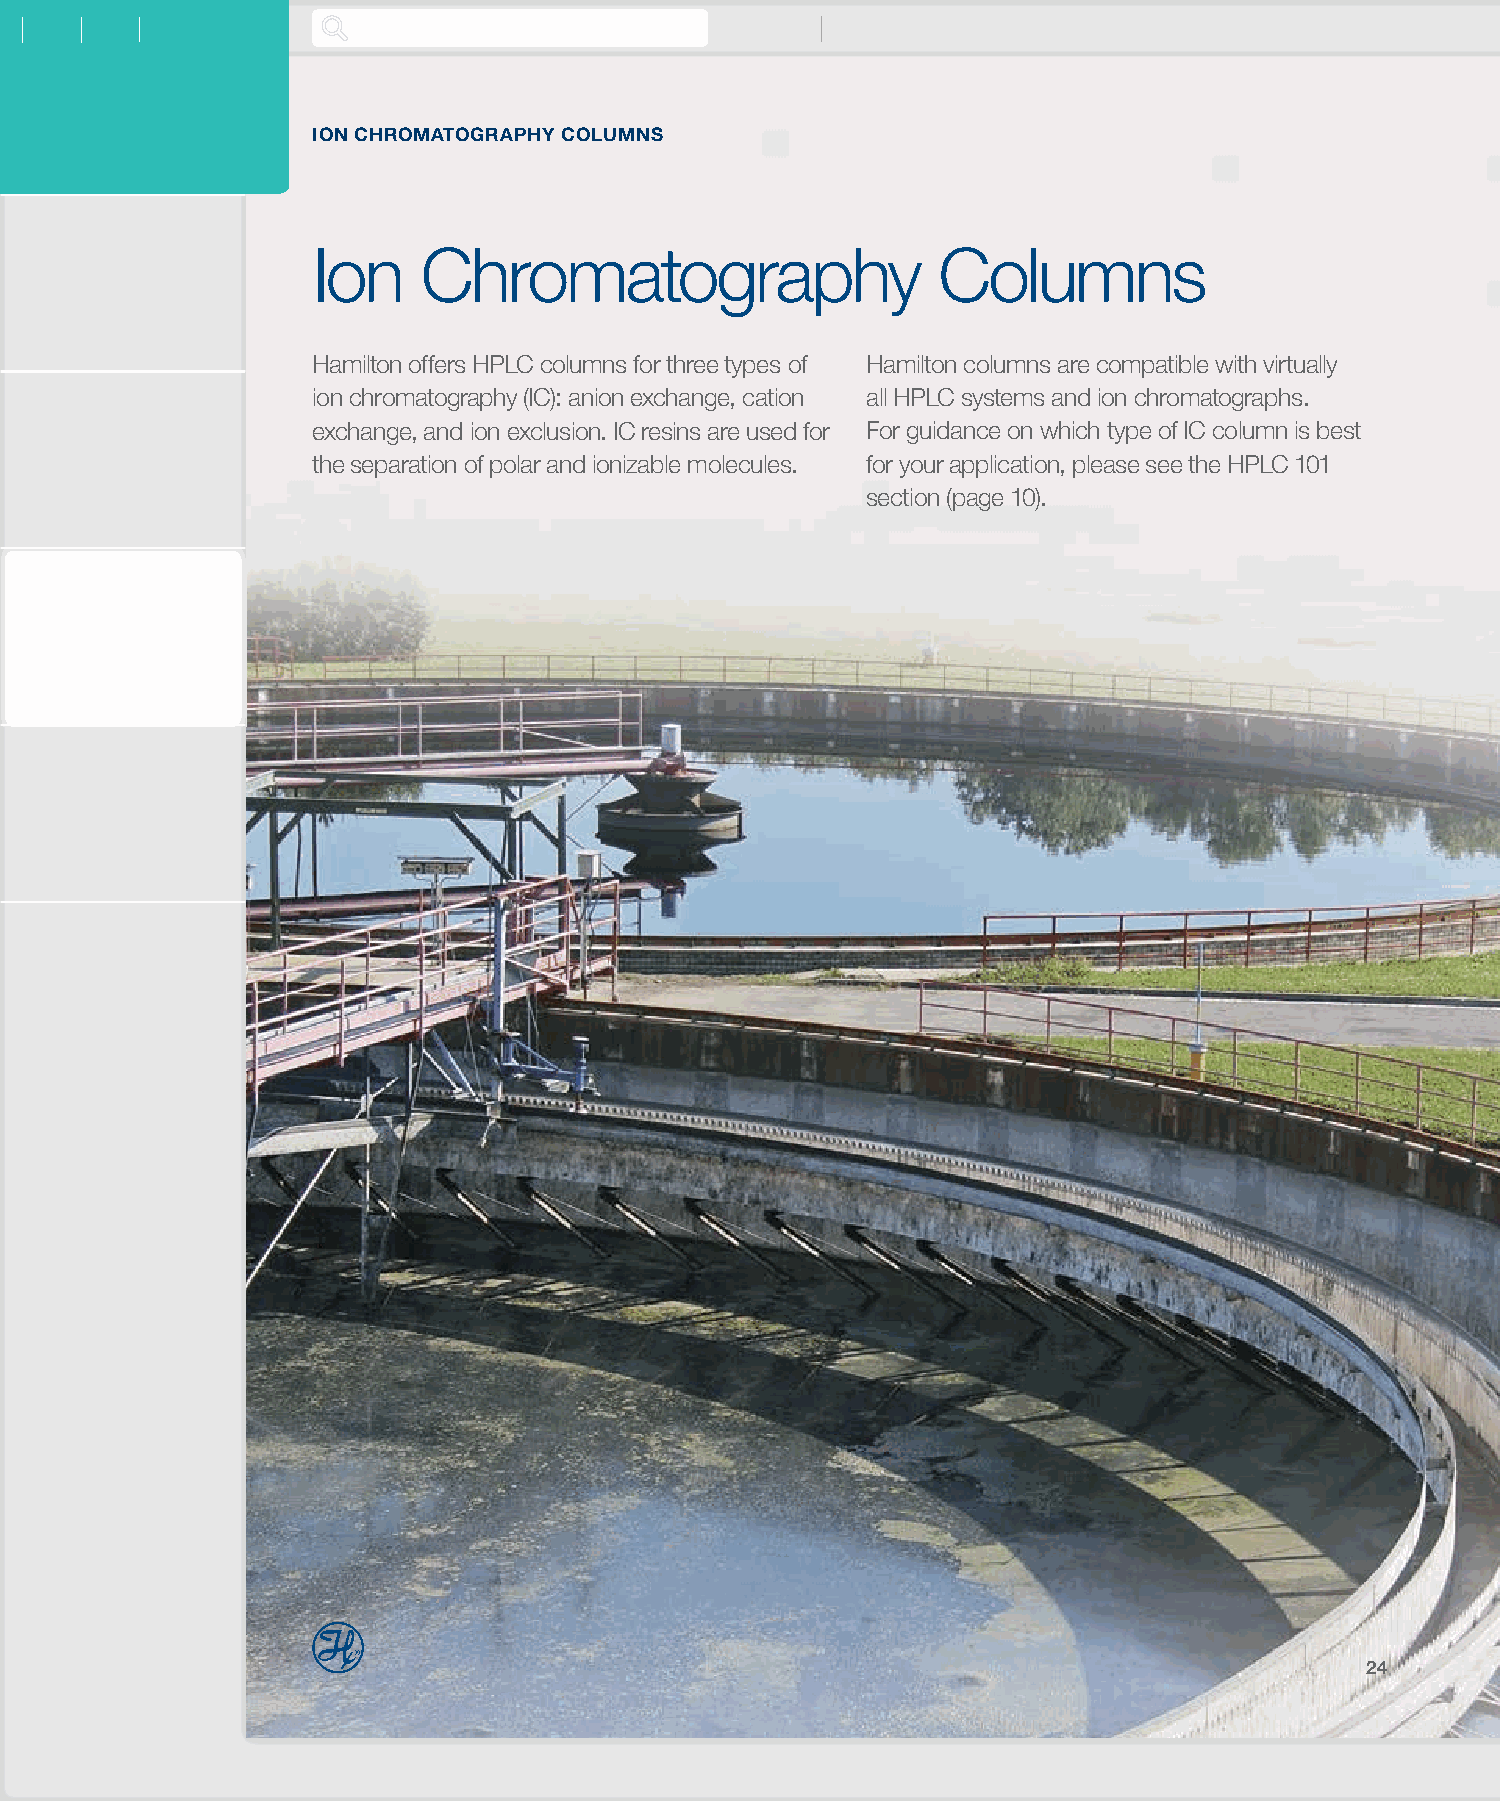
ION CHROMATOGRAPHY COLUMNS
 Ion    Chromatography                    Columns
 Hamilton offers HPLC columns for three types of Hamilton columns are compatible with virtually
 ion chromatography (IC): anion exchange, cation all HPLC systems and ion chromatographs.
 exchange, and ion exclusion. IC resins are used for For guidance on which type of IC column is best
 the separation of polar and ionizable molecules. for your application, please see the HPLC 101
 section (page 10).
 24